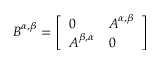
\boldsymbol { B } ^ { \alpha , \beta } = \left[ \begin{array} { l l } { \boldsymbol { 0 } } & { \boldsymbol { A } ^ { \alpha , \beta } } \\ { \boldsymbol { A } ^ { \beta , \alpha } } & { \boldsymbol { 0 } } \end{array} \right]